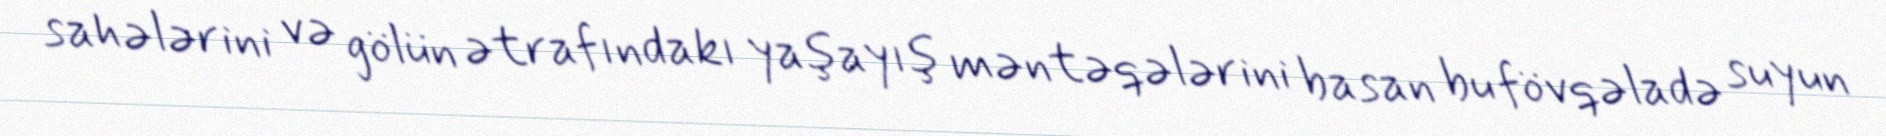
sahələrini və gölün ətrafındakı yaşayış məntəqələrini basan bu fövqəladə suyun